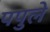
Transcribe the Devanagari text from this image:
पपुले